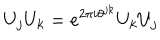
U _ { j } U _ { k } = e ^ { 2 \pi i \theta ^ { j k } } U _ { k } U _ { j }